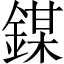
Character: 𨪀